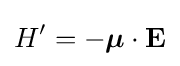
H'=-{\boldsymbol {\mu }}\cdot \mathbf {E}